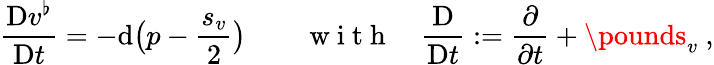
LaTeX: \frac{\mathrm{D}v^{\flat}}{\mathrm{D}t}=-\mathrm{d}\bigl(p-\frac{s_{v}}{2}\bigr)\qquad\mathrm{~w~i~t~h~}\quad\frac{\mathrm{D}}{\mathrm{D}t}:=\frac\partial{\partial t}+\pounds_{v}\ ,